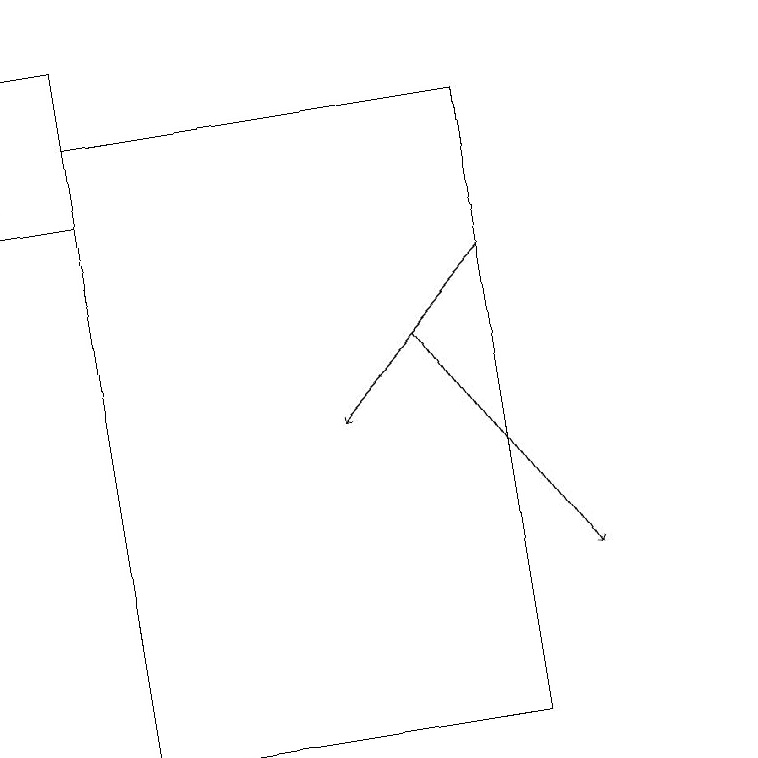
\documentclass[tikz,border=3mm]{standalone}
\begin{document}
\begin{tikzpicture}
\draw (10,12) circle (0);
\draw (1,19) rectangle (2,17);
\draw (7,18) rectangle (2,10);
\draw[->] (7,16) -- (5,14);
\draw[->] (6,15) -- (8,12);
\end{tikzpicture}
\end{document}